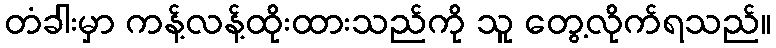
တံခါးမှာ ကန့်လန့်ထိုးထားသည်ကို သူ တွေ့လိုက်ရသည်။